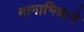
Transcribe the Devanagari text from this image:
नामाभिधाने